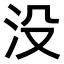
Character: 没